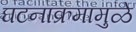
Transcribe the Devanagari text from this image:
घटनाक्रमामुळे